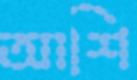
আশি